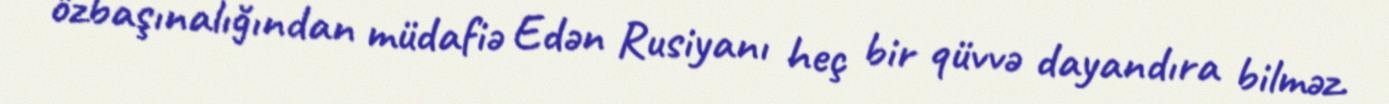
özbaşınalığından müdafiə Edən Rusiyanı heç bir qüvvə dayandıra bilməz.